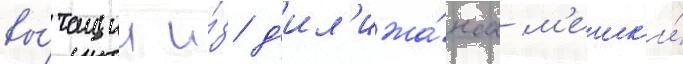
вы́тащил и́з д'ил'ижа́нса м'ешк'и́